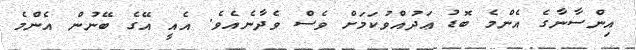
އިންސާނާގެ އެންމެ ބޮޑު ޢަދުއްވުކަމަށް ވެސް ވެދާނެއެވެ. އެއީ އޭގެ ބޭނުން އެންމެ